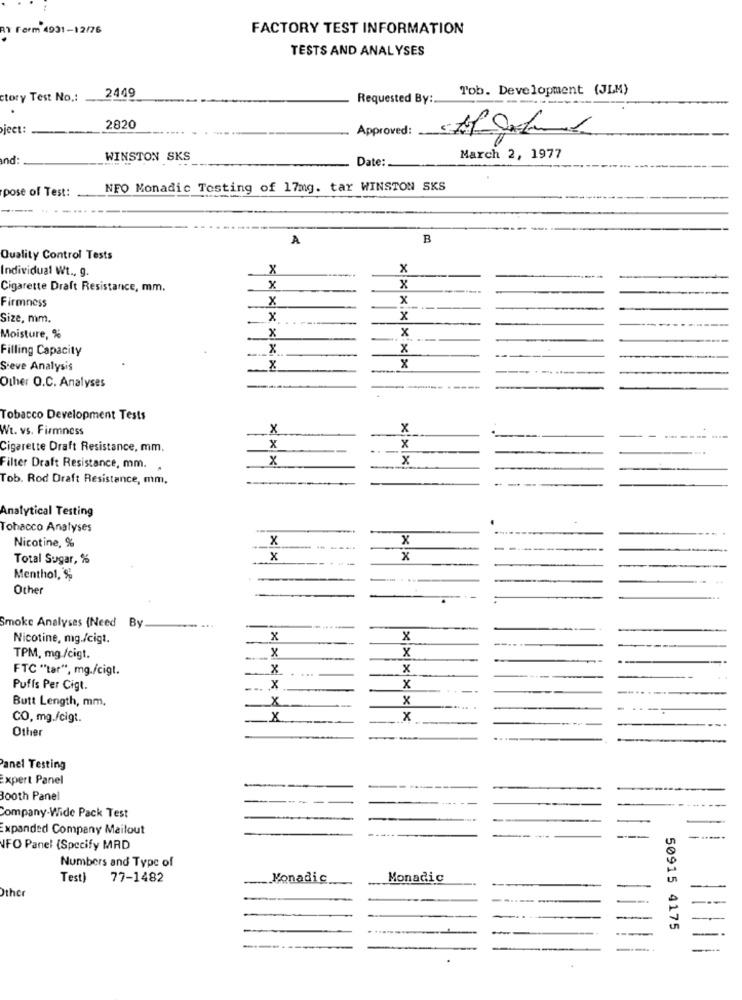
AT Form 4931-12/76
FACTORY TEST INFORMATION
TESTS AND ANALYSES
2449
Tob. Development (JLM)
ctory Test No .:
Requested By:
---
ject:
2820
Approved :_
and:
WINSTON SKS
Date:
March 2, 1977
pose of Test:
NFO Monadic Testing of 17mg. tar WINSTON SKS
A
B
Quality Control Tests
Individual Wt ., g.
.x
x
Cigarette Draft Resistance, mm.
x
x
x
x
Firmness
Size, mm.
x
x
Moisture, %
X
x
Filling Capacity
x
Sieve Analysis
X
x
--..-...
Other O.C. Analyses
Tobacco Development Tests
Wt. vs. Firmness
X
x
---
Cigarette Draft Resistance, mm.
x
x
x
x
Filter Draft Resistance, mm.
Tob. Rod Draft Resistance, mm.
---
Analytical Testing
Tobacco Analyses
Nicotine, %
x
x
Total Sugar, %
x
---
x
Menthol, $
Other
Smoke Analyses (Need By
Nicotine, mg./cigt.
x
x
x
x
TPM, mg /cigt.
FTC "tar", mg./cigt.
x
....
x
Puffs Per Cigt.
x
x
Butt Length, mm,
x
CO, mg.fcigt.
x
x
Other
Panel Testing
xpert Panel
300th Panel
Company-Wide Pack Test
Expanded Company Mailout
UFO Panel (Specify MRD
Numbers and Type of
Test) 77-1482
Monadic
Monadic
Other
50915 4175
-